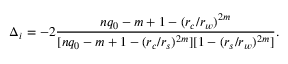
\Delta _ { i } = - 2 \frac { n q _ { 0 } - m + 1 - ( r _ { c } / r _ { w } ) ^ { 2 m } } { [ n q _ { 0 } - m + 1 - ( r _ { c } / r _ { s } ) ^ { 2 m } ] [ 1 - ( r _ { s } / r _ { w } ) ^ { 2 m } ] } .